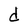
Character: d